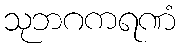
သုဘဂကရဏံ